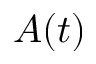
A ( t )